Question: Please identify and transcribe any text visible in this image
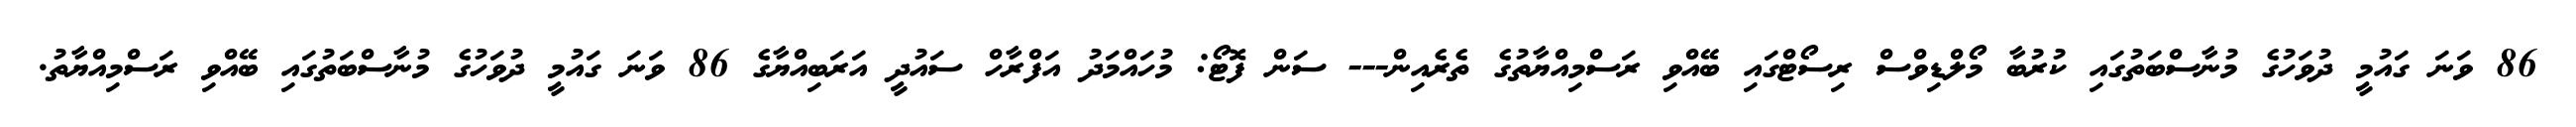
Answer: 86 ވަނަ ގައުމީ ދުވަހުގެ މުނާސްބަތުގައި ކުރުބާ މޯލްޑިވްސް ރިސޯޓްގައި ބޭއްވި ރަސްމިއްޔާތުގެ ތެރެއިން--- ސަން ފޮޓޯ: މުހައްމަދު އަފްރާހް ސައުދީ އަރަބިއްޔާގެ 86 ވަނަ ގައުމީ ދުވަހުގެ މުނާސްބަތުގައި ބޭއްވި ރަސްމިއްޔާތު.